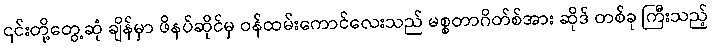
၎င်းတို့တွေ့ဆုံ ချိန်မှာ ဖိနပ်ဆိုင်မှ ဝန်ထမ်းကောင်လေးသည် မစ္စတာဂိတ်စ်အား ဆိုဒ် တစ်ခု ကြီးသည့်